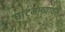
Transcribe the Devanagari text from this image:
घांटमाथ्यावर